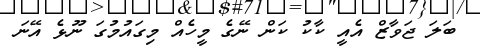
ބަލަ ޖަވާޒް އެއީ ކާކު ކަން ނޭގެ މީހެއް މިގައުމުގަ ނޫޅެ އޭނަ